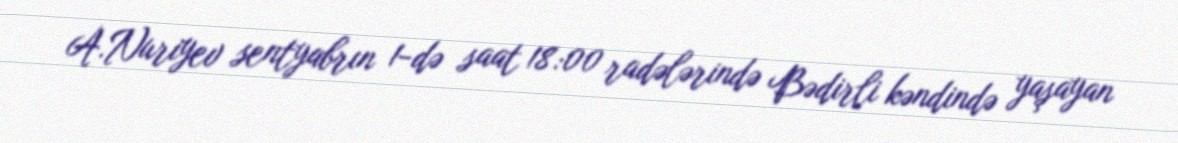
A.Nuriyev sentyabrın 1-də saat 18:00 radələrində Bədirli kəndində yaşayan